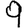
Digit: 9